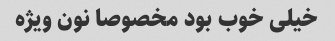
خیلی خوب بود مخصوصا نون ویژه